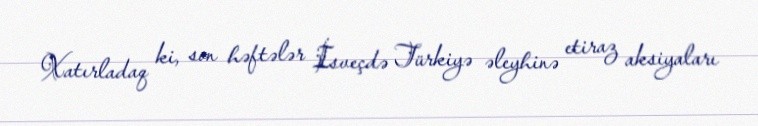
Xatırladaq ki, son həftələr İsveçdə Türkiyə əleyhinə etiraz aksiyaları